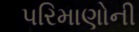
પરિમાણોની